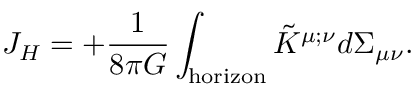
J _ { H } = + { \frac { 1 } { 8 \pi G } } \int _ { \mathrm { h o r i z o n } } \tilde { K } ^ { \mu ; \nu } d \Sigma _ { \mu \nu } .